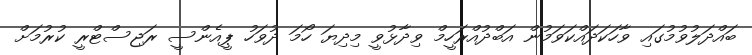
ބައްދަލުވުމުގައި ވާހަކަދައްކަވަމުން އަބްދުއްރަހީމް ވިދާޅުވީ މިދިޔަ ހޯމަ ދުވަހު ޕީއެންސީ ރަޖިސްޓްރީ ކުރުމަށް